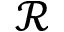
\mathcal { R }